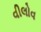
વીલોવ